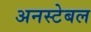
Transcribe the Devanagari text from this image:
अनस्टेबल